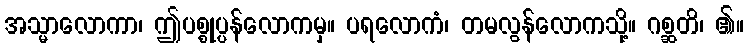
အသ္မာလောကာ၊ ဤပစ္စုပ္ပန်လောကမှ။ ပရလောကံ၊ တမလွန်လောကသို့။ ဂစ္ဆတိ၊ ၏။